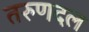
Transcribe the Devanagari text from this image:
तरुणदल